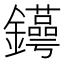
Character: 𨯫